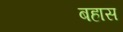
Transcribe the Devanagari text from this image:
बहास